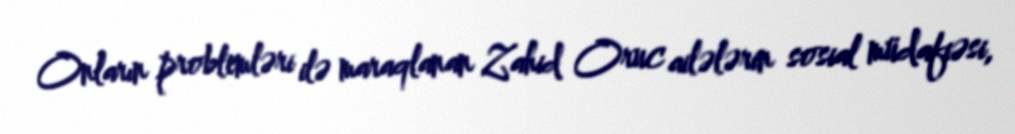
Onların problemləri ilə maraqlanan Zahid Oruc ailələrin sosial müdafiəsi,